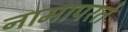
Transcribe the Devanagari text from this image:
नामापरते